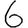
Digit: 6